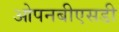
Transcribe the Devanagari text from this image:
ओपनबीएसडी